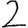
Digit: 2